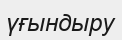
үғындыру